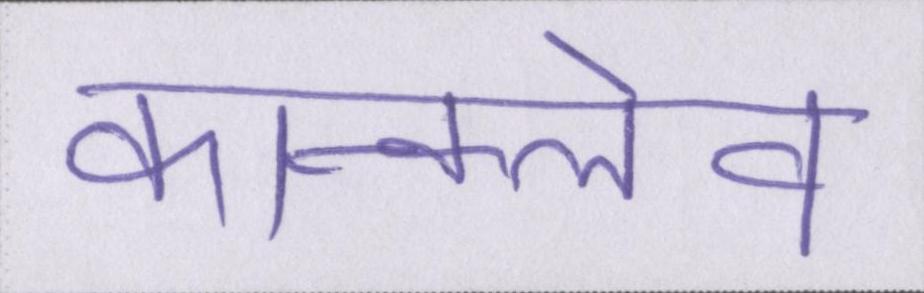
कॉन्क्लेव